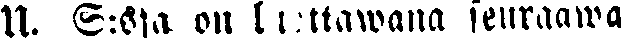
U. S:sta on luottawana seuraawa